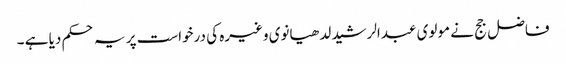
فاضل جج نے مولوی عبدالرشید لدھیانوی وغیرہ کی درخواست پر یہ حکم دیا ہے ۔